Trukikaitis_Postimees, lk 124
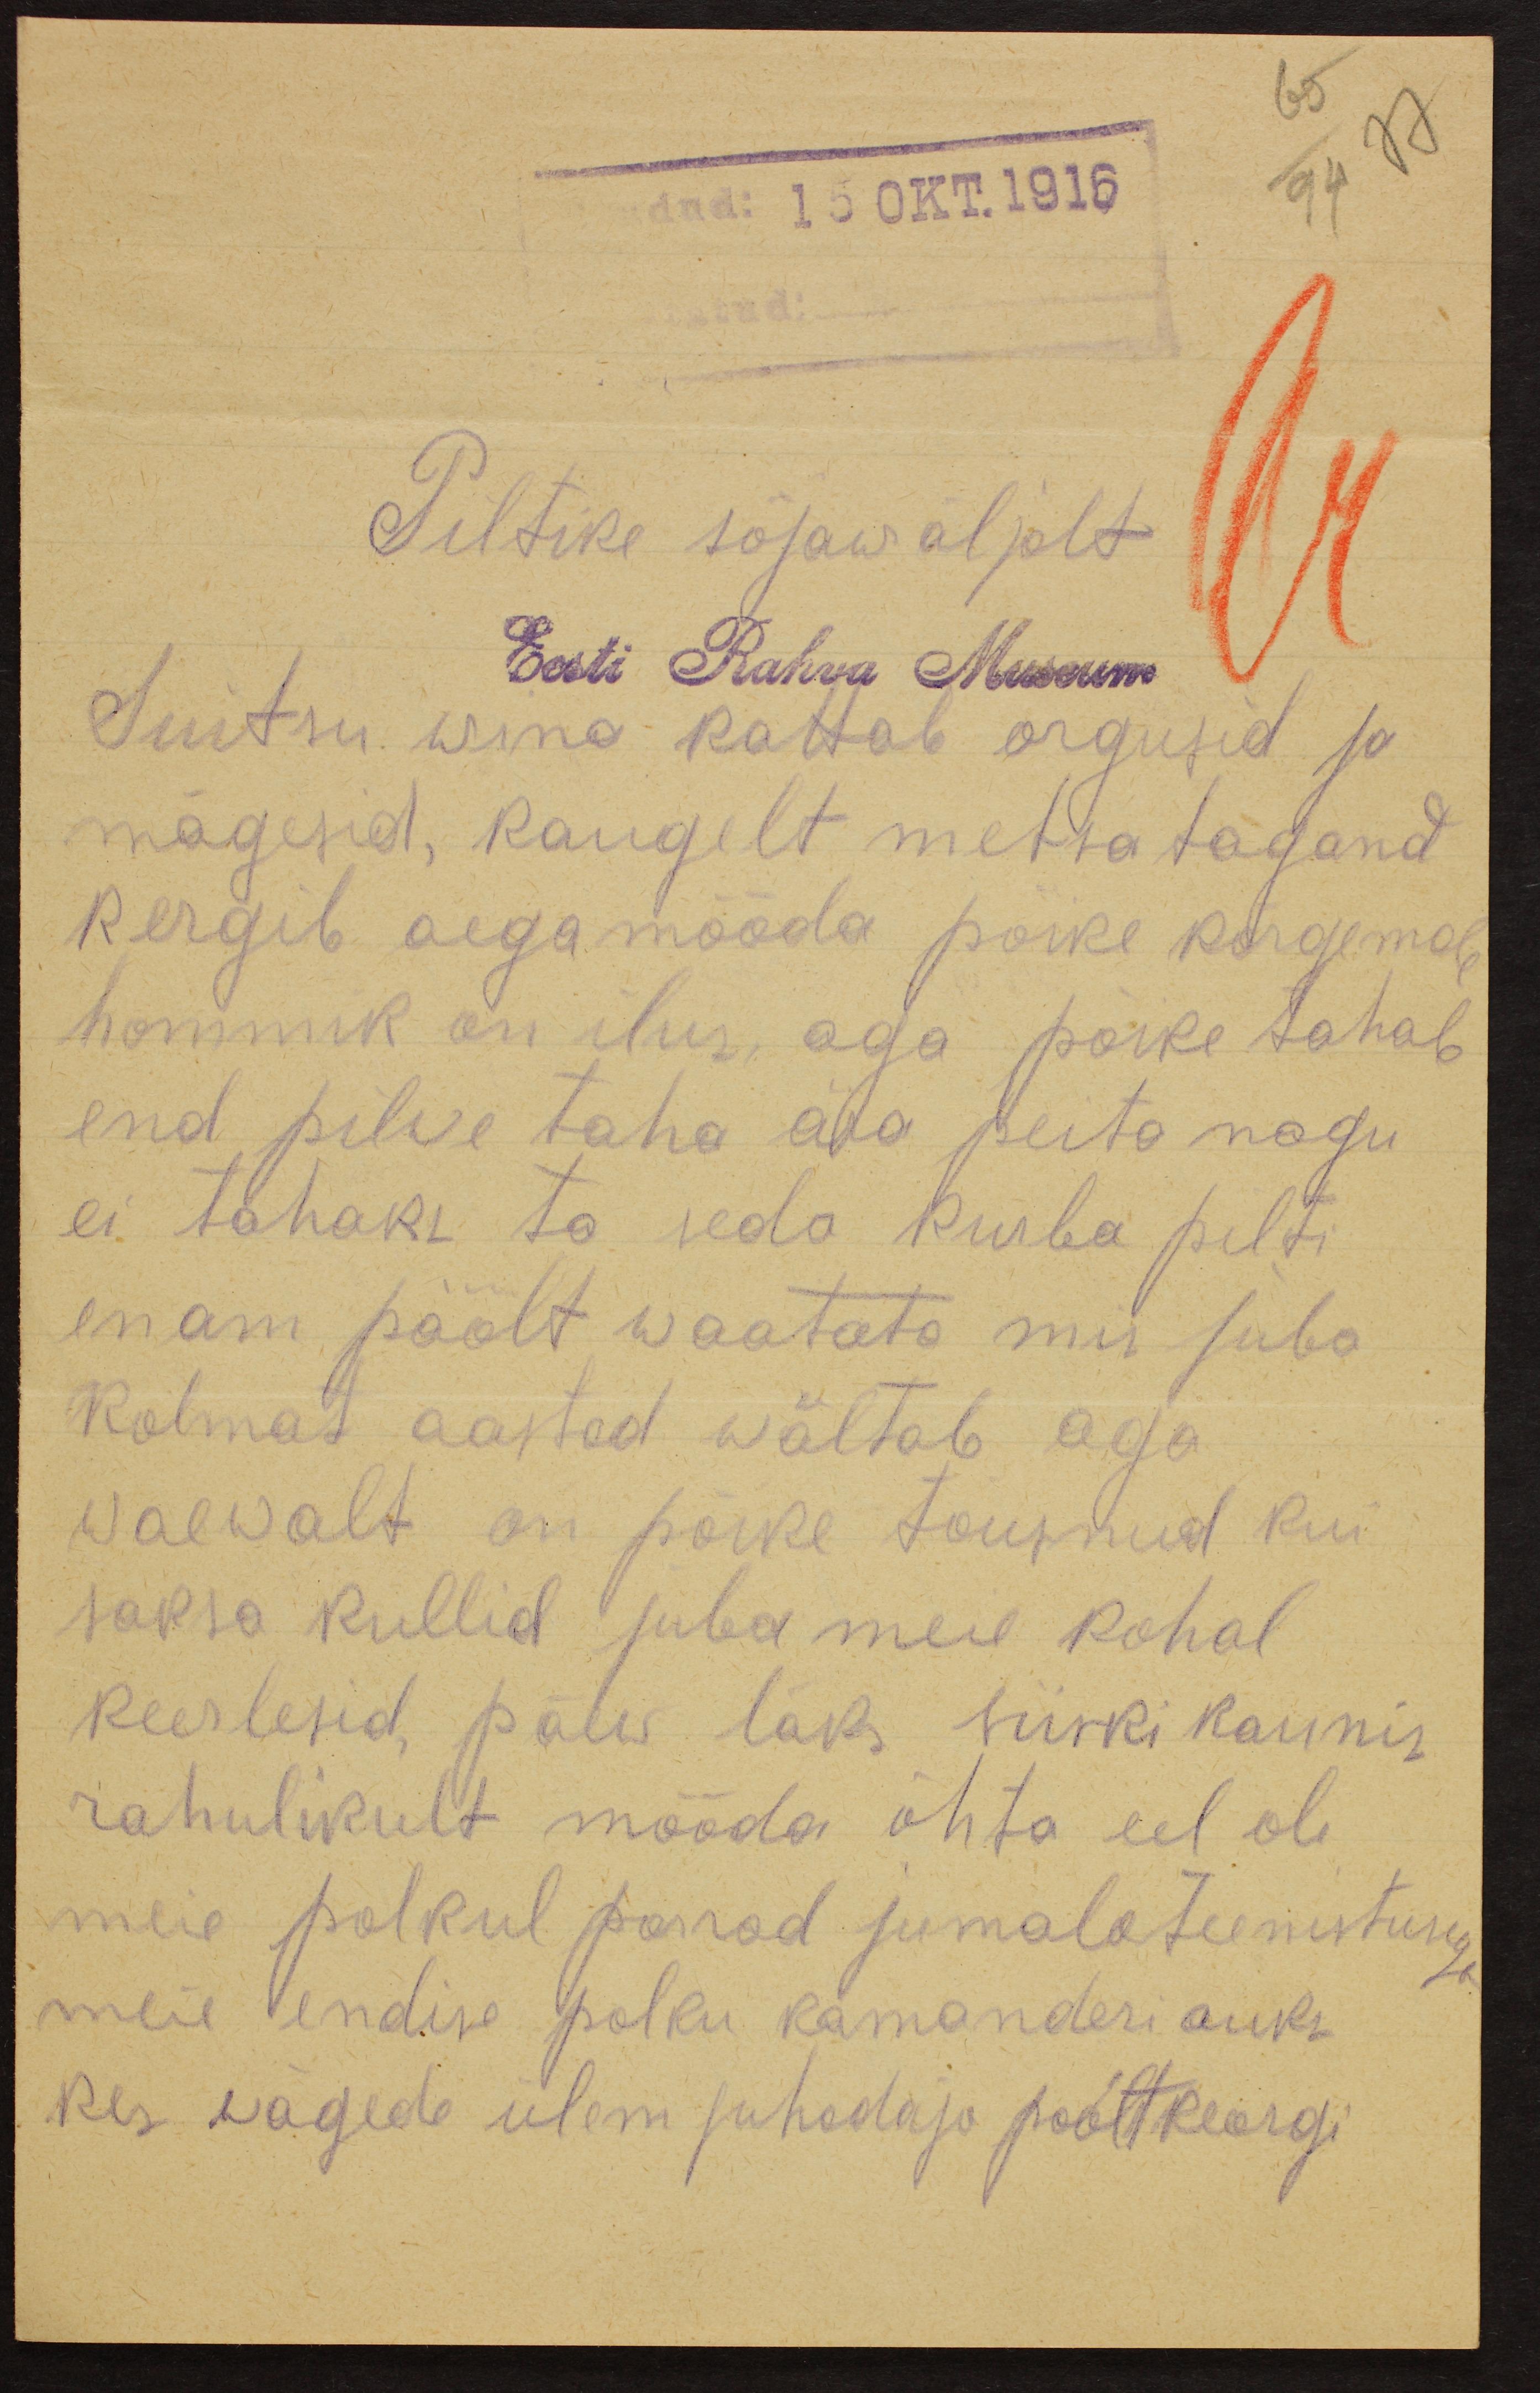
65
dud: 15 OKT. 1916
94 77
Piltike sõjawäljalt
Eesti Rahva Museum
Suitsu wina kattab orgusid ja
mägesid, kaugelt metsa tagand
Kergib aega mööda päike kõrgemale
hommik on ilus, aga päike tahab
end pilve taha ära peita nagu
ei tahaks ta seda kurba pilti
enam päält waatata mis juba
Kolmat aastad wältab aga
waewalt on päike tõusnud kui
saksa kullid juba meie kohal
keerlesid päew läks siiski kaunis
rahulikult mööda õhta eel oli
meie polkul parrad jumalateenistusega
meie endise polku komanderi auks.
kes wagede ülem juhadaja poolt keorgi